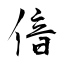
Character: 偣